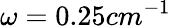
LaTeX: \omega=0.25cm^{-1}